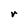
Character: r